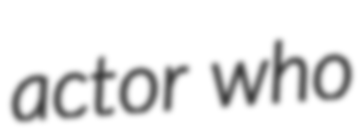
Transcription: actor who